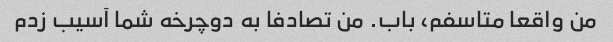
من واقعا متاسفم، باب. من تصادفا به دوچرخه شما آسیب زدم